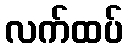
လက်ထပ်